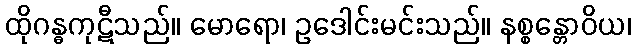
ထိုဂန္ဓကုဋီသည်။ မောရော၊ ဥဒေါင်းမင်းသည်။ နစ္စန္တောဝိယ၊